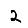
Digit: 2